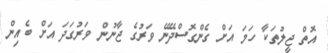
އޮތް ޖީލުތަކާ ހަމަ އަށް ގެންގޮސްދޭނޭ ވަރުގެ ޖާނުން ވަރުގަދަ އަށް ބެއިން